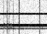
١٧٠